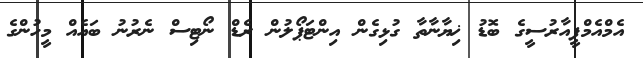
އެމްއެމްޕީއާރުސީގެ ބޮޑު ޚިޔާނާތާ ގުޅިގެން އިންޓަޕޯލުން ރެޑް ނޯޓިސް ނެރުނު ބައެއް މީހުންގެ